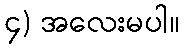
၄) အလေးမပါ။